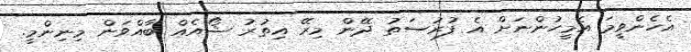
އެހެންވީމަ އެމީހުންނަށް އެ ފުރުސަތު ދޭން މިރޭ އިތުރު ޝޯއެއް ބާއްވަން މިނިންމީ.